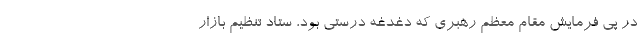
در پی فرمایش مقام معظم رهبری که دغدغه درستی بود، ستاد تنظیم بازار